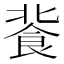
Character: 𩚾